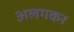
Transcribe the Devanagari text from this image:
अलगकर